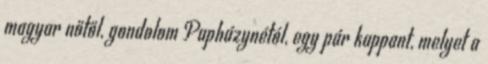
magyar nőtől, gondolom Papházynétól, egy pár kappant, melyet a